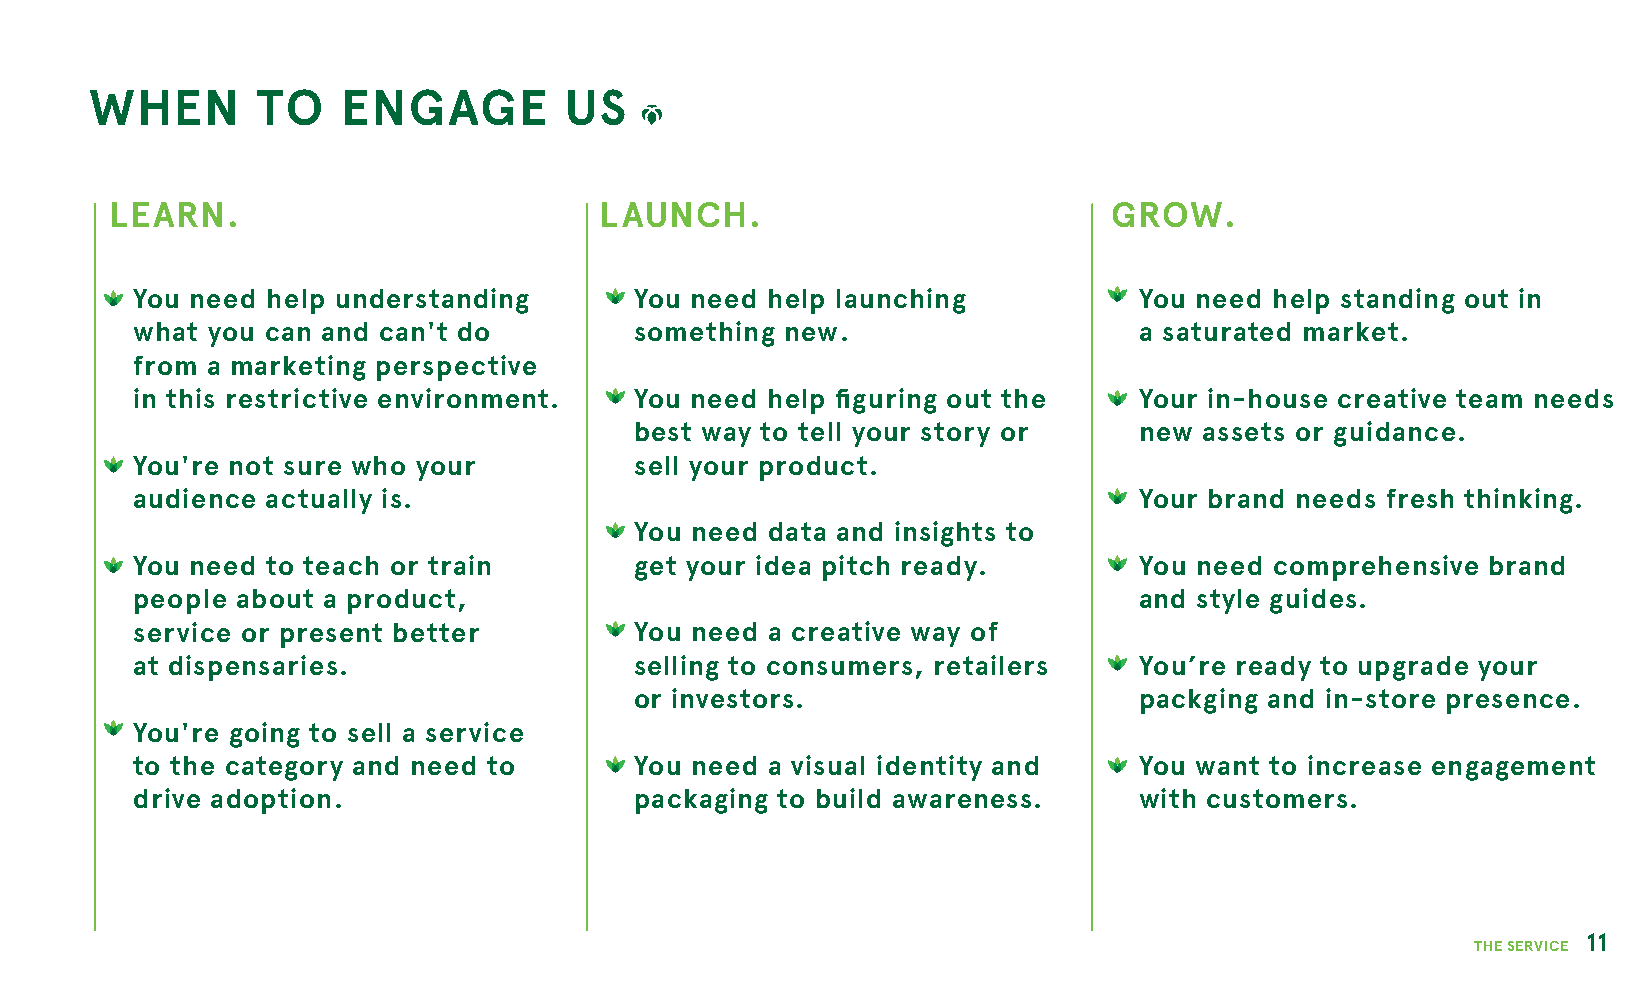
WHEN       TO    ENGAGE        US
 LEARN.                           LAUNCH.                           GROW.
 You need help understanding      You need help launching          You need help standing out in
 what you can and can't do        something new.                   a saturated market.
 from a marketing perspective
 in this restrictive environment. You need help figuring out the   Your in-house creative team needs
 best way to tell your story or   new  assets or guidance.
 You're not sure who your         sell your product.
 audience actually is.                                             Your brand needs fresh thinking.
 You need data and insights to
 You need to teach or train       get your idea pitch ready.       You need comprehensive  brand
 people about a product,                                           and style guides.
 service or present better        You need a creative way of
 at dispensaries.                 selling to consumers, retailers  You’re ready to upgrade your
 or investors.                    packging and in-store presence.
 You're going to sell a service
 to the category and need to      You need a visual identity and   You want to increase engagement
 drive adoption.                  packaging to build awareness.    with customers.
 11
 THE SERVICE